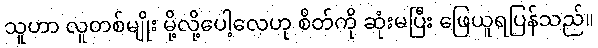
သူဟာ လူတစ်မျိုး မို့လို့ပေါ့လေဟု စိတ်ကို ဆုံးမပြီး ဖြေယူရပြန်သည်။